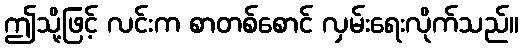
ဤသို့ဖြင့် လင်းက စာတစ်စောင် လှမ်းရေးလိုက်သည်။